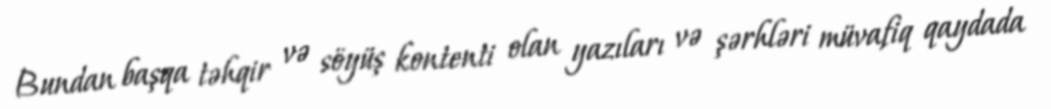
Bundan başqa təhqir və söyüş kontenti olan yazıları və şərhləri müvafiq qaydada